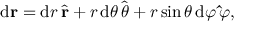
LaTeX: \mathrm { d } \mathbf { r } = \mathrm { d } r \, { \hat { \mathbf { r } } } + r \, \mathrm { d } \theta \, { \hat { \boldsymbol { \theta } } } + r \sin { \theta } \, \mathrm { d } \varphi \, \mathbf { \hat { \boldsymbol { \varphi } } } ,